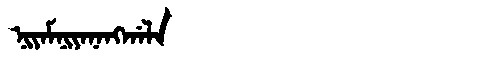
Manchu: ᠨᡳᠶᠠᠮᠨᡳᠶᠠᠨᠠᠩᡤᠠᠯᠠ
Romanization: NIYAMNIYANANGGALA